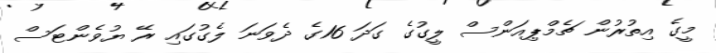
މީގެ އިތުރުން ޗެމްޕިއަންސް ލީގުގެ ގަދަ 16ގެ ދެވަނަ ލެގުގައި ރޭ ޔުވެންޓަސް